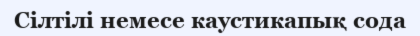
Сілтілі немесе каустикапық сода